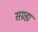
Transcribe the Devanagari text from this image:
सग्रह्य